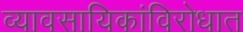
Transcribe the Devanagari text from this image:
व्यावसायिकांविरोधात